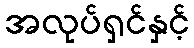
အလုပ်ရှင်နှင့်